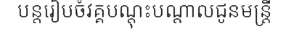
បន្តរៀបចំវគ្គបណ្តុះបណ្តាលជូនមន្ត្រី